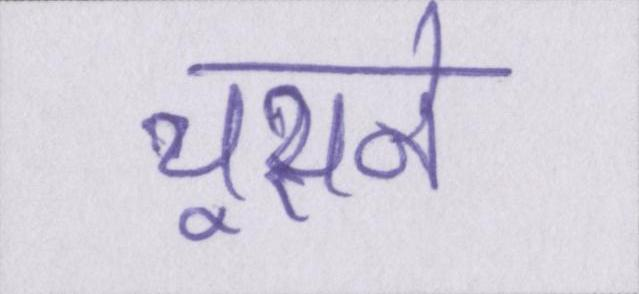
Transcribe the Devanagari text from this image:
चूसने